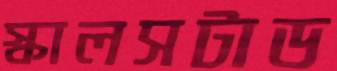
স্কালসটাড